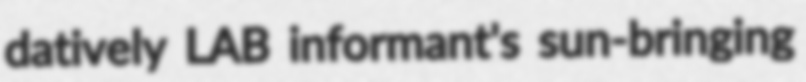
datively LAB informant's sun-bringing